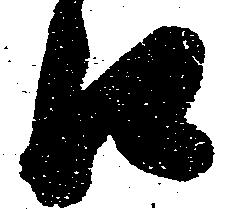
口